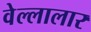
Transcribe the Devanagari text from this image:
वेल्लालार